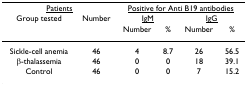
| <COLSPAN=2> <underline>Patients</underline> | <COLSPAN=4> <underline>Positive for Anti B19 antibodies</underline> |
 | Group tested | Number | <COLSPAN=2> <underline>IgM</underline> | <COLSPAN=2> <underline>IgG</underline> |
 |  |  | Number | % | Number | % |
 | --- | --- | --- | --- | --- | --- |
 | Sickle-cell anemia | 46 | 4 | 8.7 | 26 | 56.5 |
 | β-thalassemia | 46 | 0 | 0 | 18 | 39.1 |
 | Control | 46 | 0 | 0 | 7 | 15.2 |